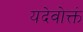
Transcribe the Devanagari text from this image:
यदेवोक्तं